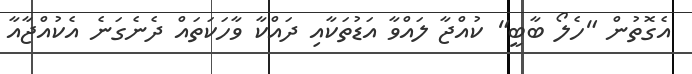
އެގޮތުން "ހެލޯ ބާބީ" ކުއްޖާ ލައްވާ އަޑުތަކާއި ދައްކާ ވާހަކަތައް ދެނެގަނެ އެކުއްޖާއާ